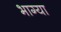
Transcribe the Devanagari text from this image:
भाग्या